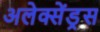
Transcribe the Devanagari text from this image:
अलेक्सेंड्रस